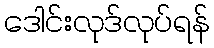
ဒေါင်းလုဒ်လုပ်ရန်